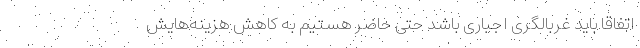
اتفاقا باید غربالگری اجباری باشد حتی حاضر هستیم به کاهش هزینه‌هایش